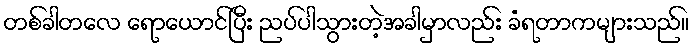
တစ်ခါတလေ ရောယောင်ပြီး ညပ်ပါသွားတဲ့အခါမှာလည်း ခံရတာကများသည်။